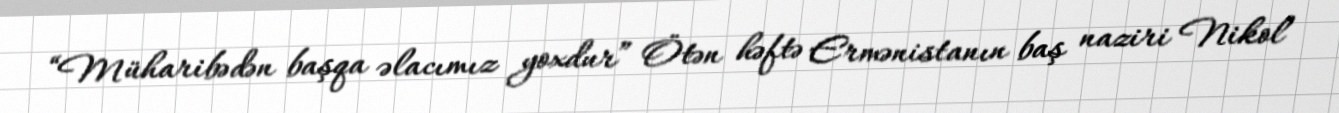
“Müharibədən başqa əlacımız yoxdur” Ötən həftə Ermənistanın baş naziri Nikol